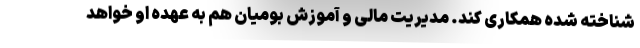
شناخته شده همکاری کند. مدیریت مالی و آموزش بومیان هم به عهده او خواهد